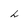
Character: L